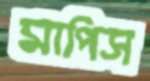
মাপিস